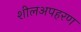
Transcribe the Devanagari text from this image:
शीलअपहरण